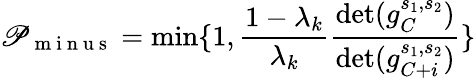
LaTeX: \mathscr{P}_{\mathrm{{~m~i~n~u~s~}}}=\operatorname*{min}\{ 1,\frac{{1-\lambda_{k}}}{{\lambda_{k}}}\frac{{\operatorname*{det}(g_{C}^{s_{1},s_{2}})}}{{\operatorname*{det}(g_{C+i}^{s_{1},s_{2}})}}\}